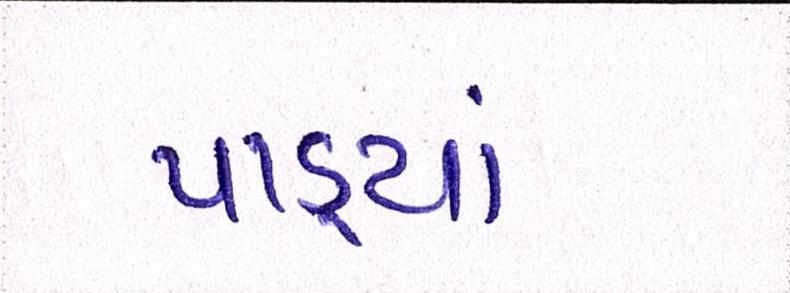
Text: પાડ્યાં